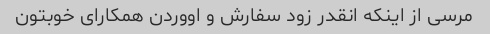
مرسی از اینکه انقدر زود سفارش و اووردن همکارای خوبتون